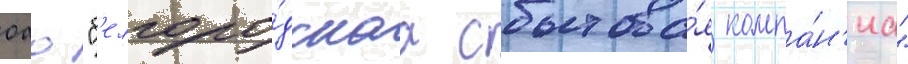
оао "б'елгоро́дскаа сбытова́я компа́н'иа"